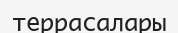
террасалары